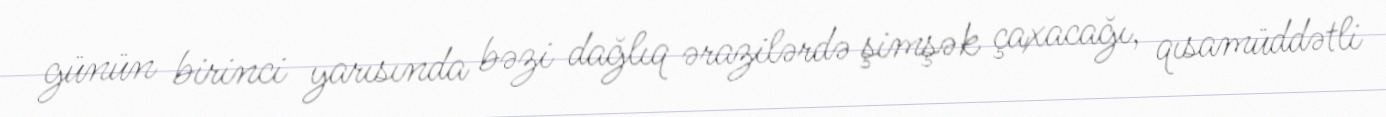
günün birinci yarısında bəzi dağlıq ərazilərdə şimşək çaxacağı, qısamüddətli